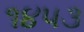
૧૪૫૩